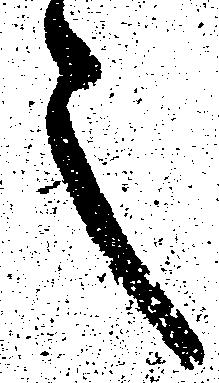
之